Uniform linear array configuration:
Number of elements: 24
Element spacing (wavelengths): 0.75
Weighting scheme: cosine
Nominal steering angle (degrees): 0
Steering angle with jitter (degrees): -1.481
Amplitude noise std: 0.05
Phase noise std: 0.05

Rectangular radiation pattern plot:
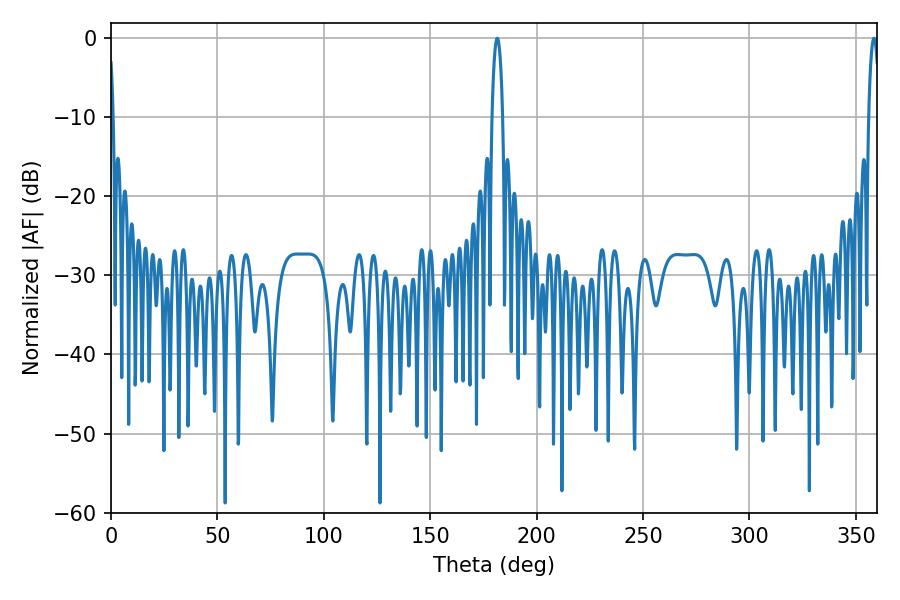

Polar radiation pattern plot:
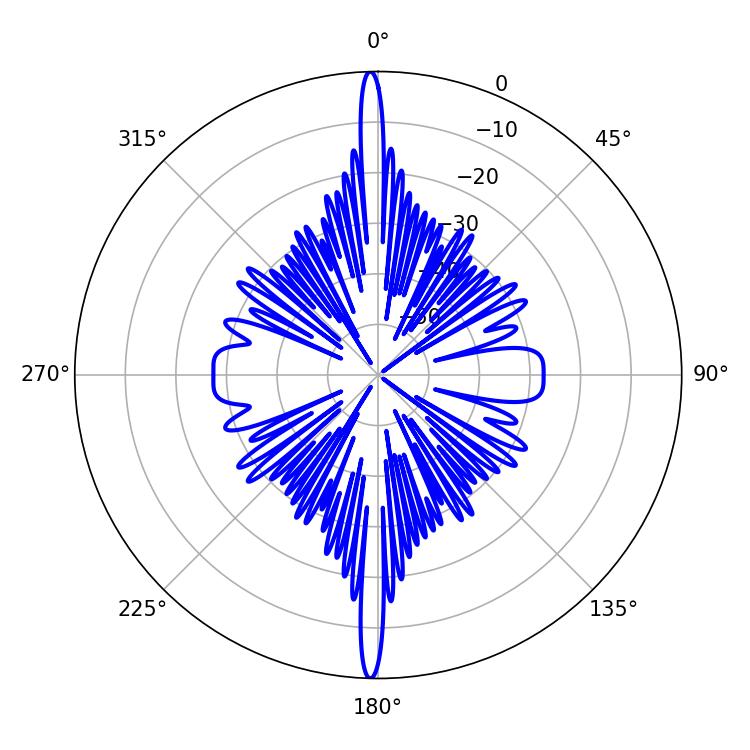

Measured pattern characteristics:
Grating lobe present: TRUE
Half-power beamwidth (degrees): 2.7
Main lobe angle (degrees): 181.44